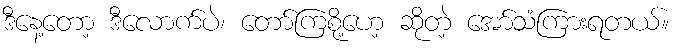
ဒီနေ့တော့ ဒီလောက်ပဲ၊ တော်ကြစို့ဟေ့ ဆိုတဲ့ အော်သံကြားရတယ်။